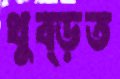
থুব্‌ড়ত